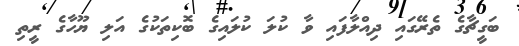
ބަގީޗާގެ ތެރޭގައި ދިއްލާފައި ވާ ކުލަ ކުލައިގެ ބޮކިތަކުގެ އަލި ޔޫހާގެ ރީތި